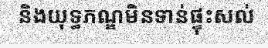
និងយុទ្ធភណ្ឌមិនទាន់ផ្ទុះសល់